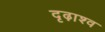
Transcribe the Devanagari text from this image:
दृढ़ाश्व